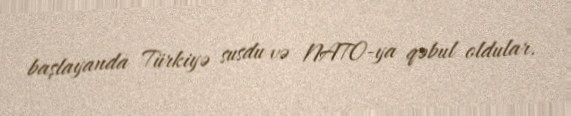
başlayanda Türkiyə susdu və NATO-ya qəbul oldular.